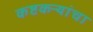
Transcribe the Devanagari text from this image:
कष्टकऱ्यांचा